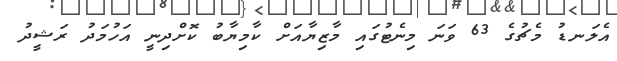
އެލަނޑު މެޗުގެ 63 ވަނަ މިނެޓުގައި މާޒިޔާއަށް ކާމިޔާބު ކޮށްދިނީ އަހުމަދު ރަޝީދު